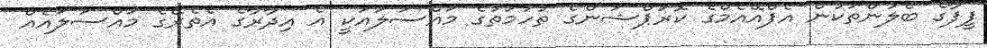
ފީފާގެ ބެލުންތަކުން އެފްއޭއެމްގެ ކޮރަޕްޝަންގެ ތުހުމަތުގެ މައްސަލައަކީ އެ އިދާރާގެ އެތެރޭގެ މައްސަލައެއް